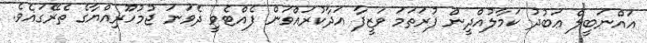
އައްނަބީލް ޢަބުދު ކަމާލުއްދީން ފުރަތަމަ ވަޒީފާ އަދާކުރައްވަން ފެއްޓެވީ ދެވަނަ ޖުމުހޫރިއްޔާގެ ތެރޭގައެވެ.